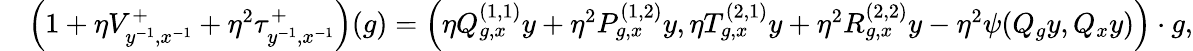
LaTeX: \begin{array}{rl}&{\left(1+\eta V_{y^{-1},x^{-1}}^{+}+\eta^{2}\tau_{y^{-1},x^{-1}}^{+}\right)(g)=\left(\eta Q_{g,x}^{(1,1)}y+\eta^{2}P_{g,x}^{(1,2)}y,\eta T_{g,x}^{(2,1)}y+\eta^{2}R_{g,x}^{(2,2)}y-\eta^{2}\psi(Q_{g}y,Q_{x}y)\right)\cdot g,}\end{array}